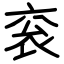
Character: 衮